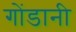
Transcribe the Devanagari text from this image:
गोंडानी